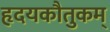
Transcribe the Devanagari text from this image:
हृदयकौतुकम्‌